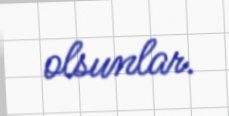
olsunlar.